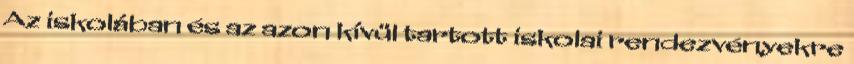
Az iskolában és az azon kívül tartott iskolai rendezvényekre